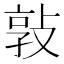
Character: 𭣸